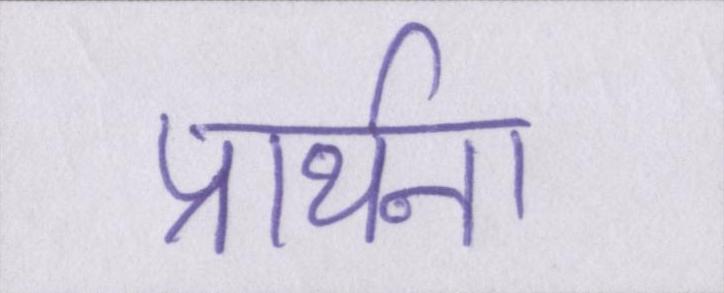
प्रार्थना